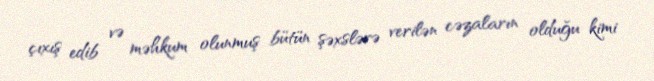
çıxış edib və məhkum olunmuş bütün şəxslərə verilən cəzaların olduğu kimi